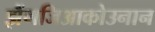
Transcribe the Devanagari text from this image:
झैंगजिआकोउनान